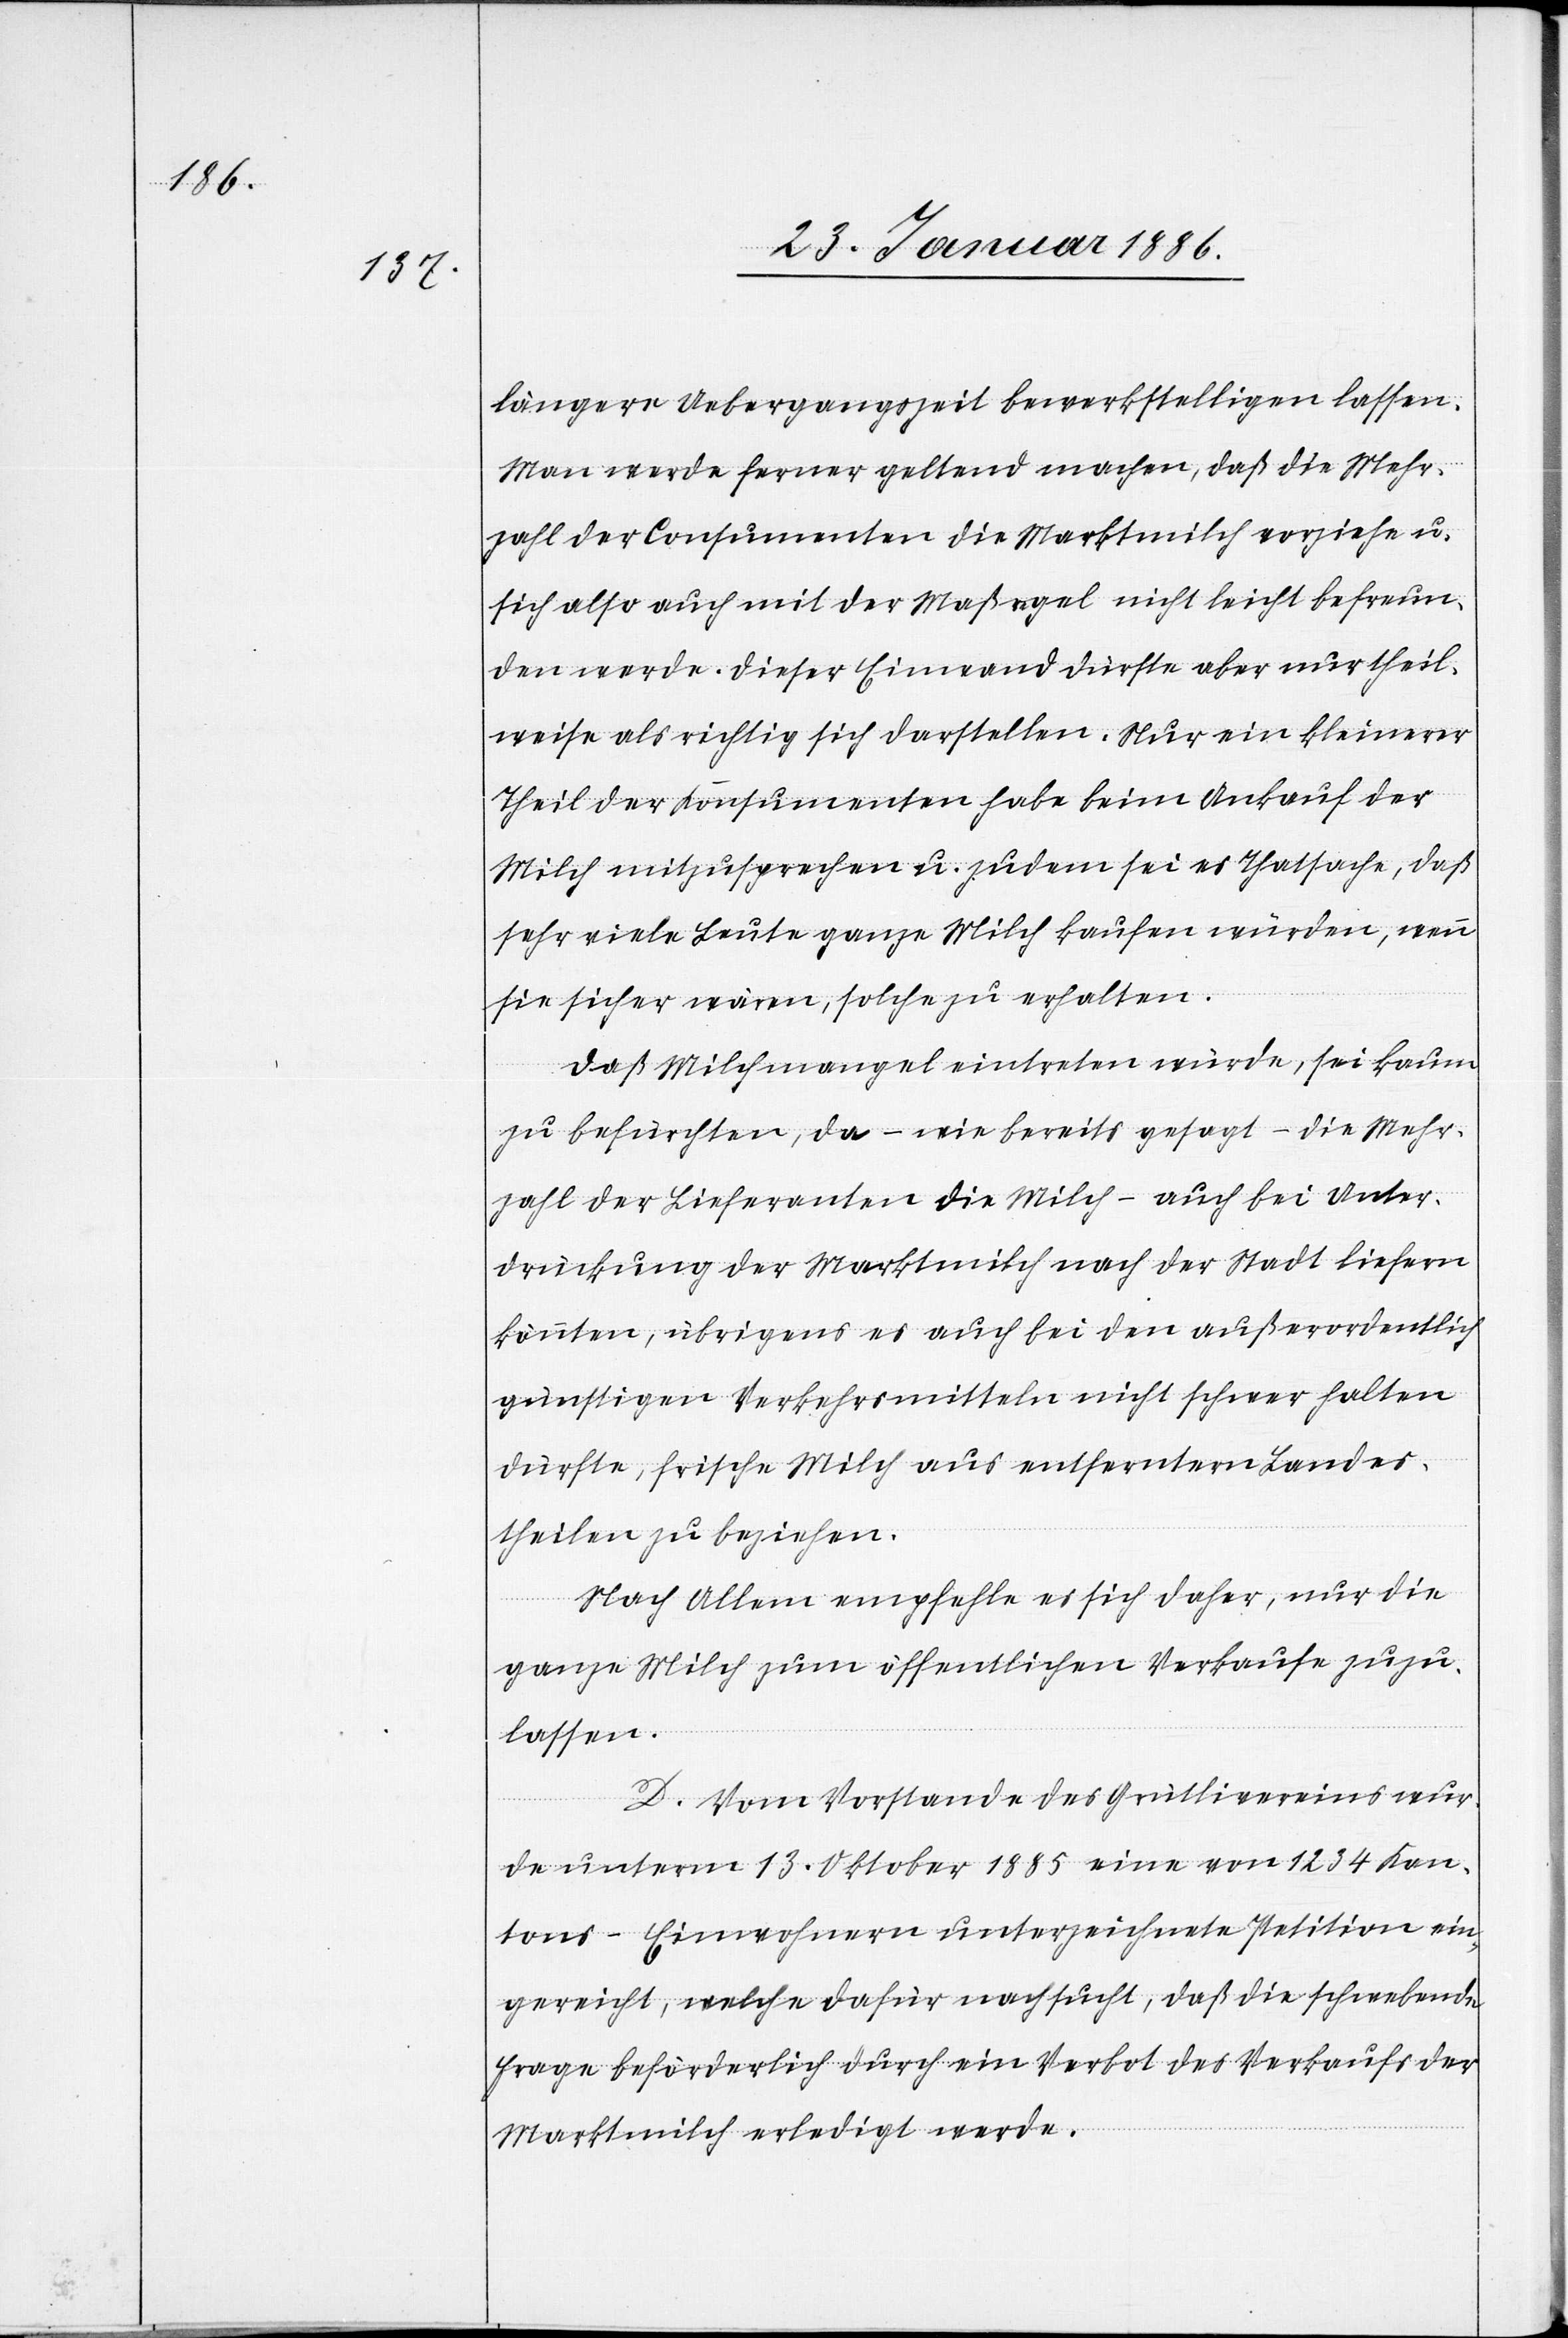
längere Uebergangszeit bewerkstelligen lassen.
Man werde ferner geltend machen, daß die Mehr¬
zahl der Consumenten die Marktmilch vorziehe u.
sich also auch mit der Maßr[e]gel nicht leicht befreun¬
den werde. Dieser Einwand dürfte aber nur theil¬
weise als richtig sich darstellen. Nur ein kleinerer
Theil der Konsumenten habe beim Ankauf der
Milch mitzusprechen u. zudem sei es Thatsache, daß
sehr viele Leute ganze Milch kaufen würden, wenn
sie sicher wären, solche zu erhalten.
Daß Michmangel eintreten würde, sei kaum
zu befürchten, da – wie bereits gesagt – die Mehr¬
zahl der Lieferanten die Milch – auch bei Unter¬
drückung der Marktmilch nach der Stadt liefern
könnten, übrigens es auch bei den außerordentlich
günstigen Verkehrsmitteln nicht schwer halten
dürfte, frische Milch aus entferntern Landes¬
theilen zu beziehen.
Nach Allem empfehle es sich daher, nur die
ganze Milch zum öffentlichen Verkaufe zuzu¬
lassen.
D. Vom Vorstande des Grütlivereins wur¬
de unterm 13. Oktober 1885 eine von 1234 Kan¬
tons-Einwohnern unterzeichnete Petition ein¬
gereicht, welche dafür nachsucht, daß die schwebende
Frage beförderlich durch ein Verbot des Verkaufs der
Marktmilch erledigt werde.